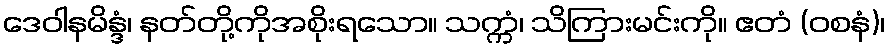
ဒေဝါနမိန္ဒံ၊ နတ်တို့ကိုအစိုးရသော။ သက္ကံ၊ သိကြားမင်းကို။ ဧတံ (ဝစနံ)၊